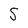
Character: S